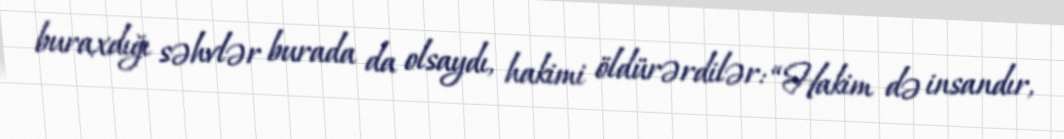
buraxdığı səhvlər burada da olsaydı, hakimi öldürərdilər: “Hakim də insandır,